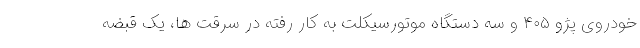
خودروی پژو ۴۰۵ و سه دستگاه موتورسیکلت به کار رفته در سرقت ها، یک قبضه